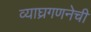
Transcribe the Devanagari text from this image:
व्याघ्रगणनेची